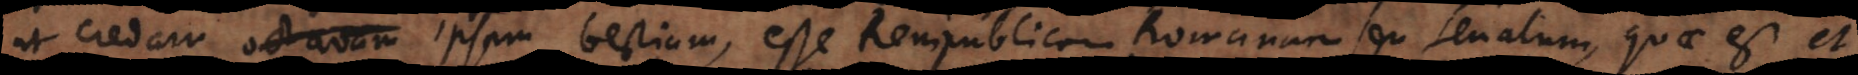
ut credam octavam ipsam bestiam, esse Rempublicam Romanam seu senatum, quae est et